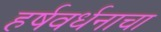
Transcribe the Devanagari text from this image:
हर्षवर्धनाचा